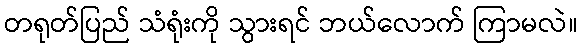
တရုတ်ပြည် သံရုံးကို သွားရင် ဘယ်လောက် ကြာမလဲ။